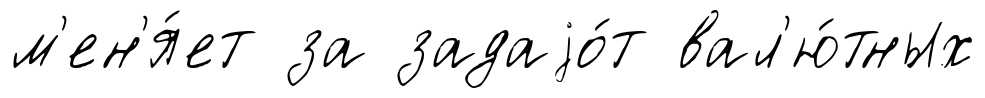
м'ен'я́ет за задаjо́т вал'ю́тных